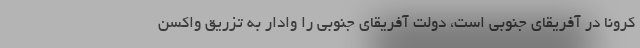
کرونا در آفریقای جنوبی است، دولت آفریقای جنوبی را وادار به تزریق واکسن